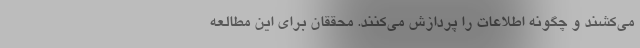
می‌کشند و چگونه اطلاعات را پردازش می‌کنند. محققان برای این مطالعه